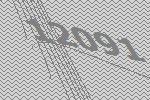
12091